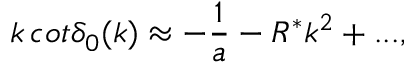
k \, c o t \delta _ { 0 } ( k ) \approx - \frac { 1 } { a } - R ^ { * } k ^ { 2 } + . . . ,